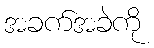
အခက်အခဲကို